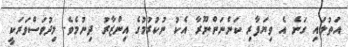
އަތުލައި ގަނެ އެ ވިޔަފާރި ކަންނަންނޫރާ އެކު ނުކުރުމުގެ އިންޒާރު ދިނުމެވެ. މިދުވަސްވަރަކީ